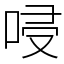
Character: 唚